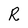
Character: R